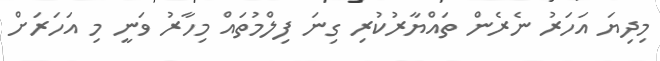
މިދިޔަ އަހަރު ނެރެން ތައްޔާރުކުރި ގިނަ ފިލްމުތައް މިހާރު ވަނީ މި އަހަރަށް